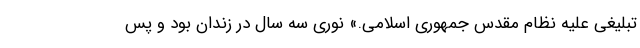
تبلیغی علیه نظام مقدس جمهوری اسلامی.» نوری سه سال در زندان بود و پس